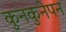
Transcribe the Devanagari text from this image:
कुनकुनेपन